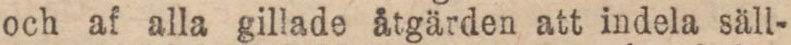
och af alla gillade åtgärden att indela säll-